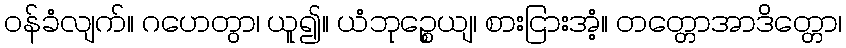
ဝန်ခံလျက်။ ဂဟေတွာ၊ ယူ၍။ ယံဘုဉ္စေယျ၊ စားငြားအံ့။ တတ္တောအာဒိတ္တော၊